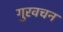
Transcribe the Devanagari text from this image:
गुरवचन